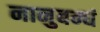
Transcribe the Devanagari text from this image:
नानुबन्धं